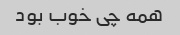
همه چی خوب بود